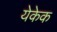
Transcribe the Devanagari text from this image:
येकेक